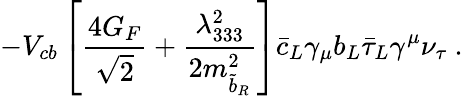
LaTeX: -V_{cb}\left[\frac{4G_{F}}{\sqrt{2}}+\frac{\lambda_{333}^{2}}{2m_{\tilde{b}_{R}}^{2}}\right]\bar{c}_{L}\gamma_{\mu}b_{L}\bar{\tau}_{L}\gamma^{\mu}\nu_{\tau}\ .